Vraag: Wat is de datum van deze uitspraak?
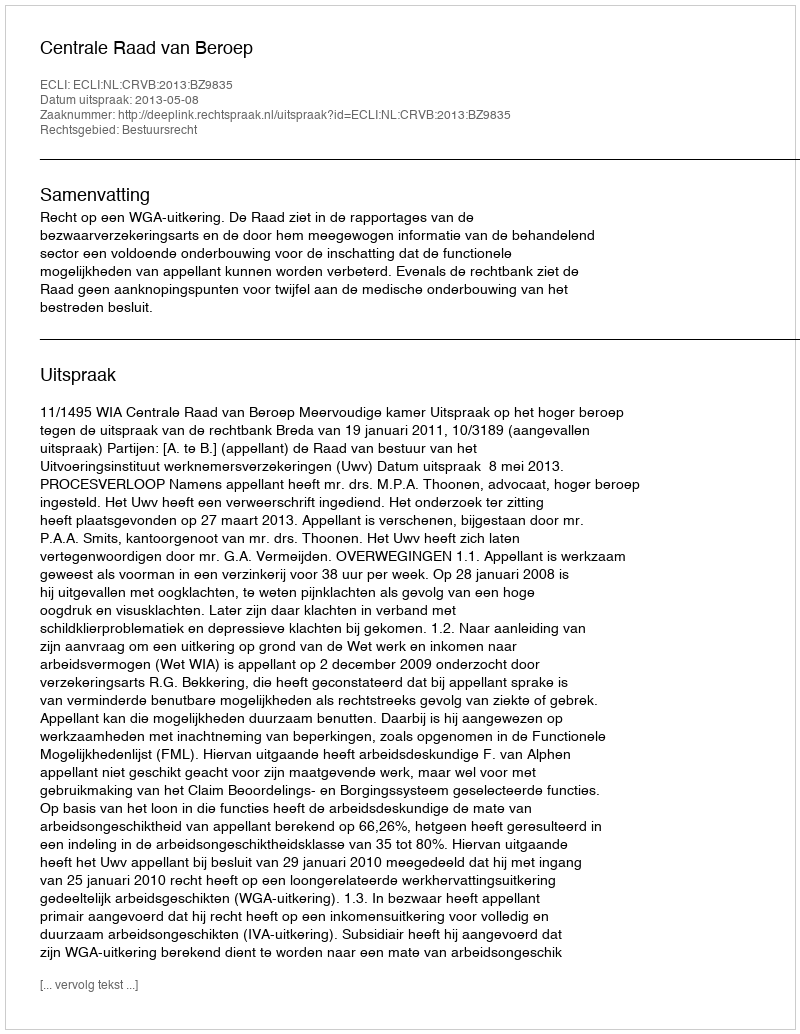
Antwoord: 2013-05-08